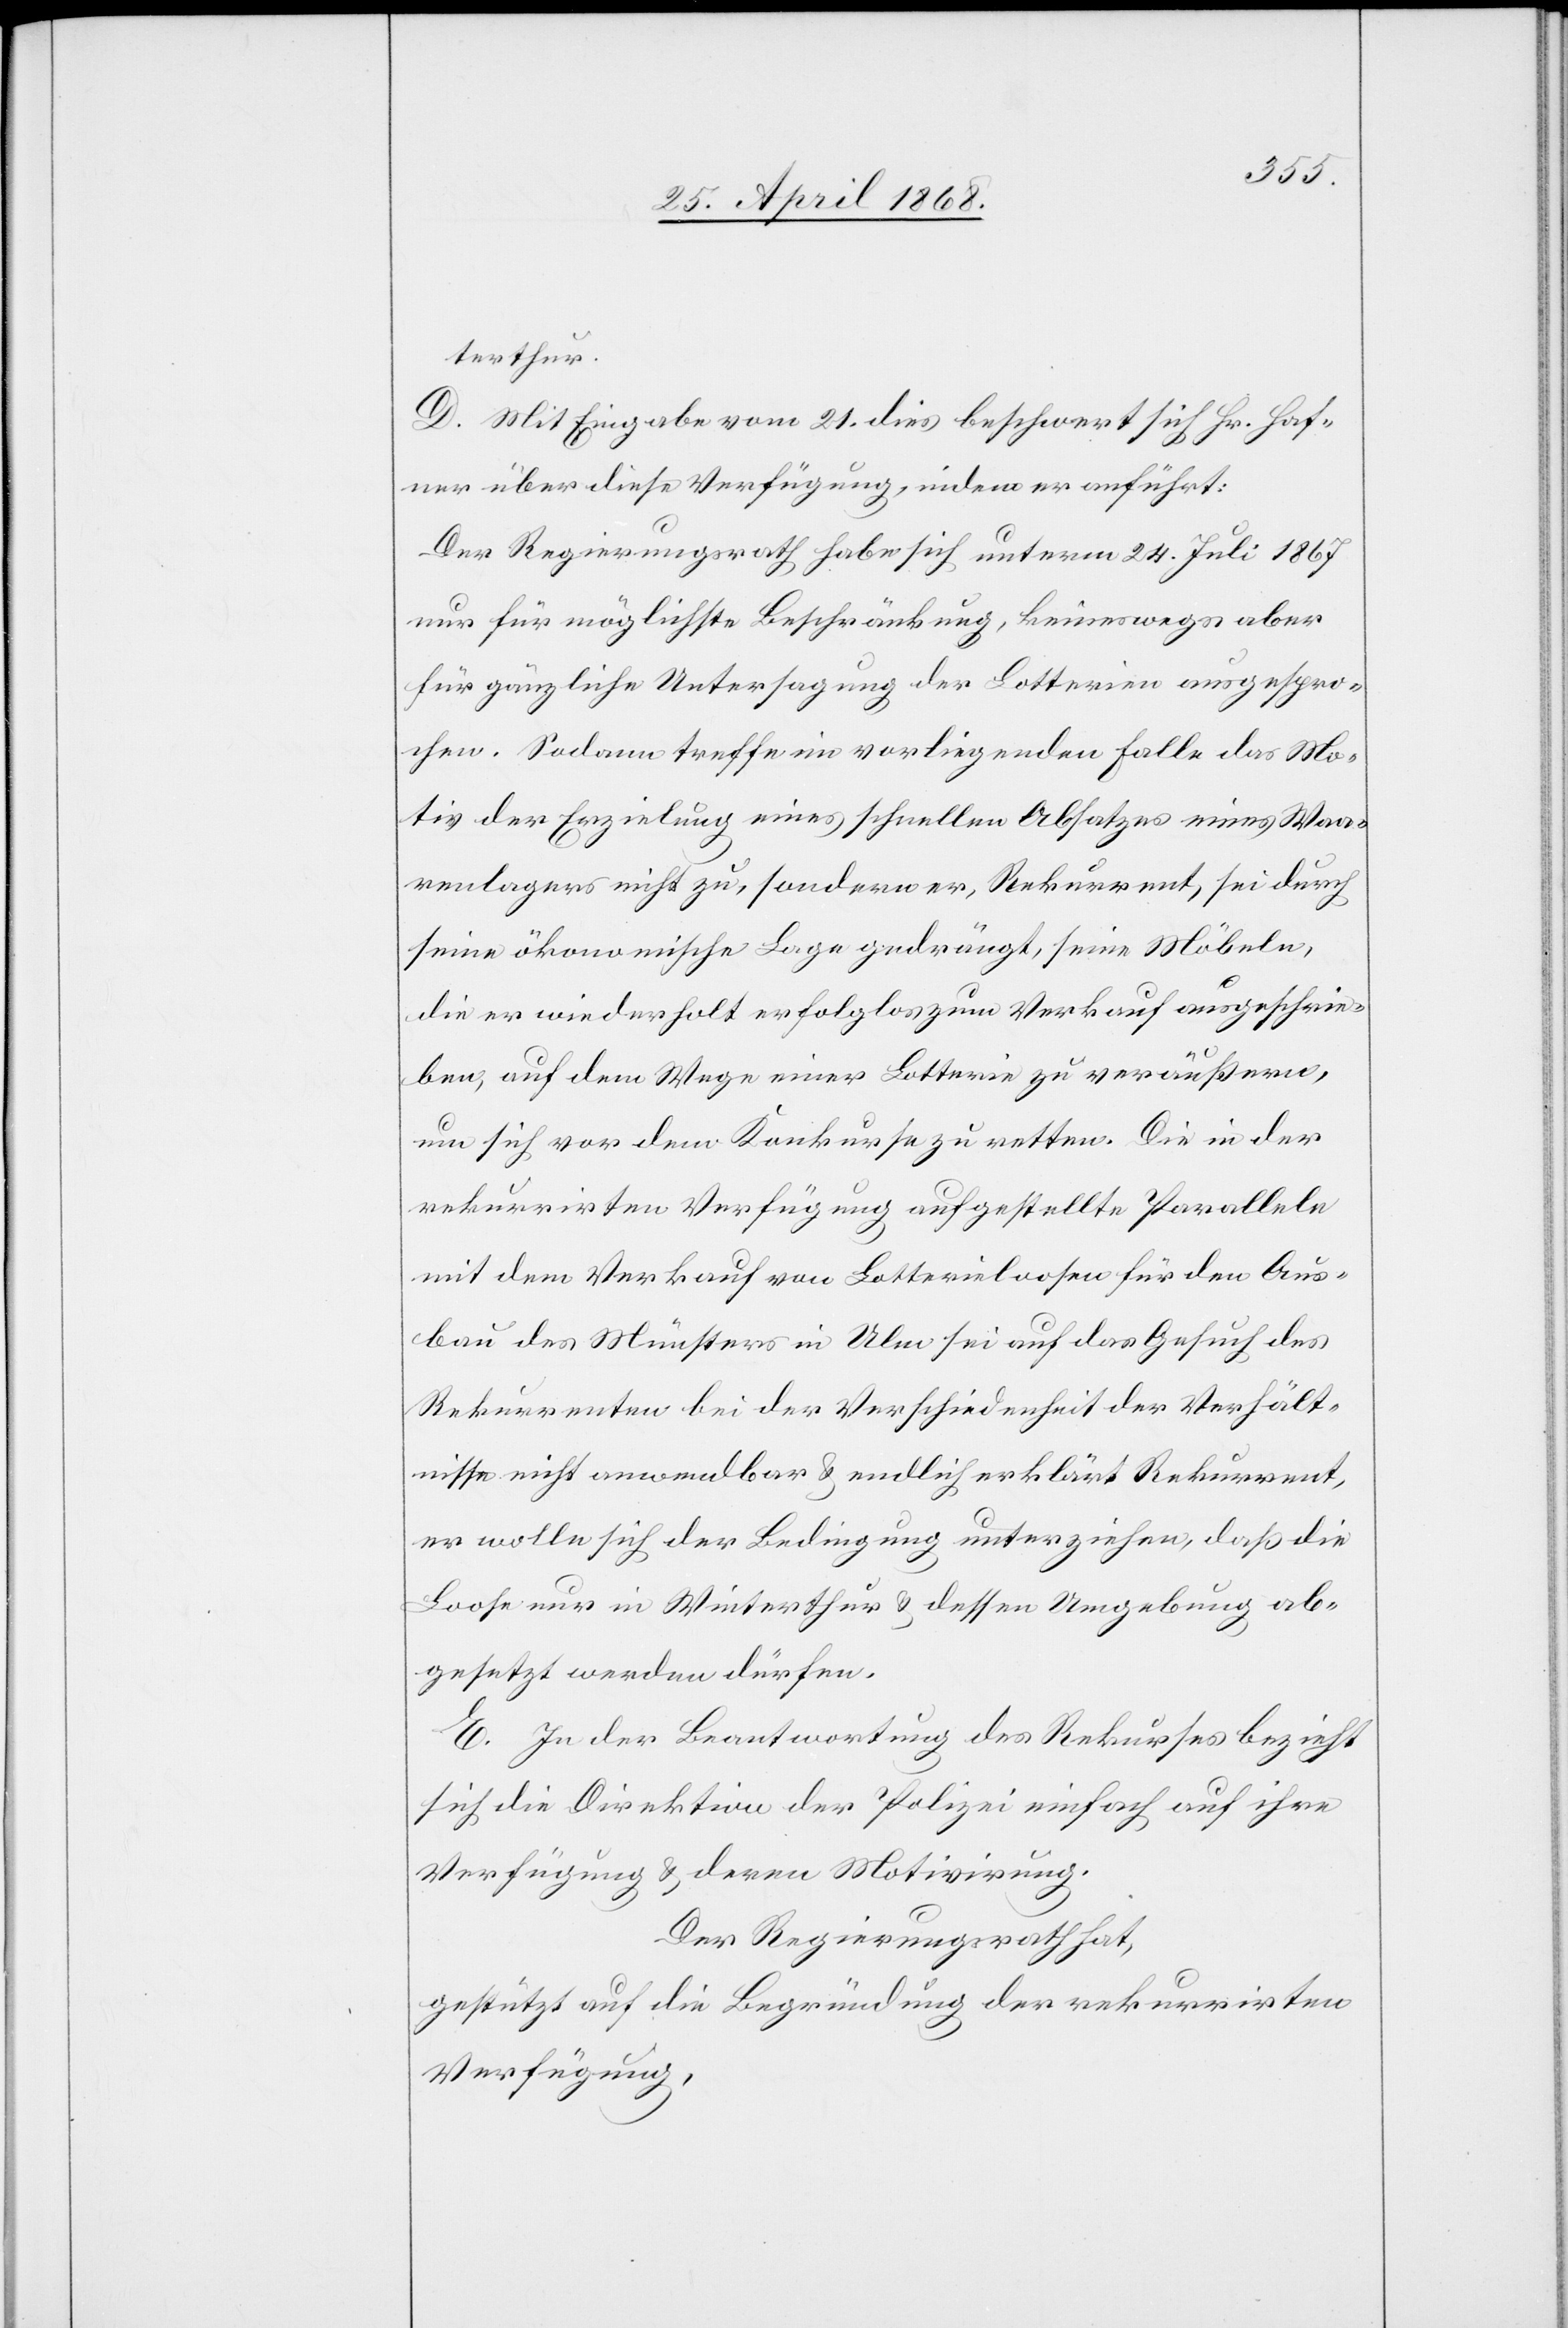
terthur.
D. Mit Eingabe vom 21. dies beschwert sich Hr. Haf¬
ner über diese Verfügung, indem er anführt:
Der Regierungsrath habe sich unterm 24. Juli 1867
nur für möglichste Beschränkung, keineswegs aber
für gänzliche Untersagung der Lotterien ausgespro¬
chen. Sodann treffe im vorliegenden Falle das Mo¬
tiv der Erzielung eines schnellen Absatzes eines Waa¬
renlagers nicht zu, sondern er, Rekurrent, sei durch
seine ökonomische Lage gedrängt, seine Möbeln,
die er wiederholt erfolglos zum Verkauf ausgeschrie¬
ben, auf dem Wege einer Lotterie zu veräußern,
um sich vor dem Konkurse zu retten. Die in der
rekurrirten Verfügung aufgestellte Parallele
mit dem Verkauf von Lotterieloosen für den Aus¬
bau des Münsters in Ulm sei auf das Gesuch des
Rekurrenten bei der Verschiedenheit der Verhält¬
nisse nicht anwendbar & endlich erklärt Rekurrent,
er wolle sich der Bedingung unterziehen, daß die
Loose nur in Winterthur & dessen Umgebung ab¬
gesetzt werden dürfen.
E. In der Beantwortung des Rekurses bezieht
sich die Direktion der Polizei einfach auf ihre
Verfügung & deren Motivirung.
Der Regierungsrath hat,
gestützt auf die Begründung der rekurrirten
Verfügung,